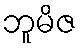
ဘူမိဇ